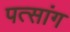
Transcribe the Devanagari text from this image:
पत्सांग